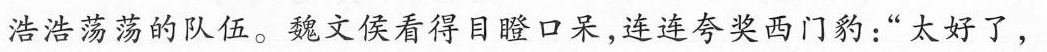
浩浩荡荡的队伍。魏文侯看得目瞪口呆，连连夸奖西门豹：”太好了，